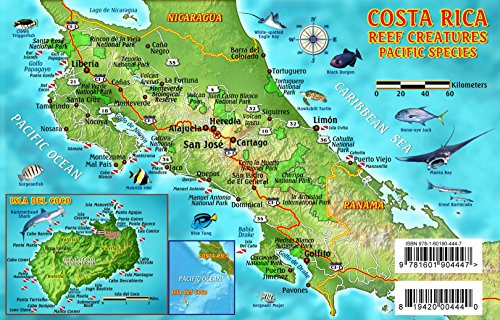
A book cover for Costa Rica Dive Map & Pacific Reef Creatures Guide Franko Maps Laminated Fish Card; Franko Maps Ltd.; Travel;